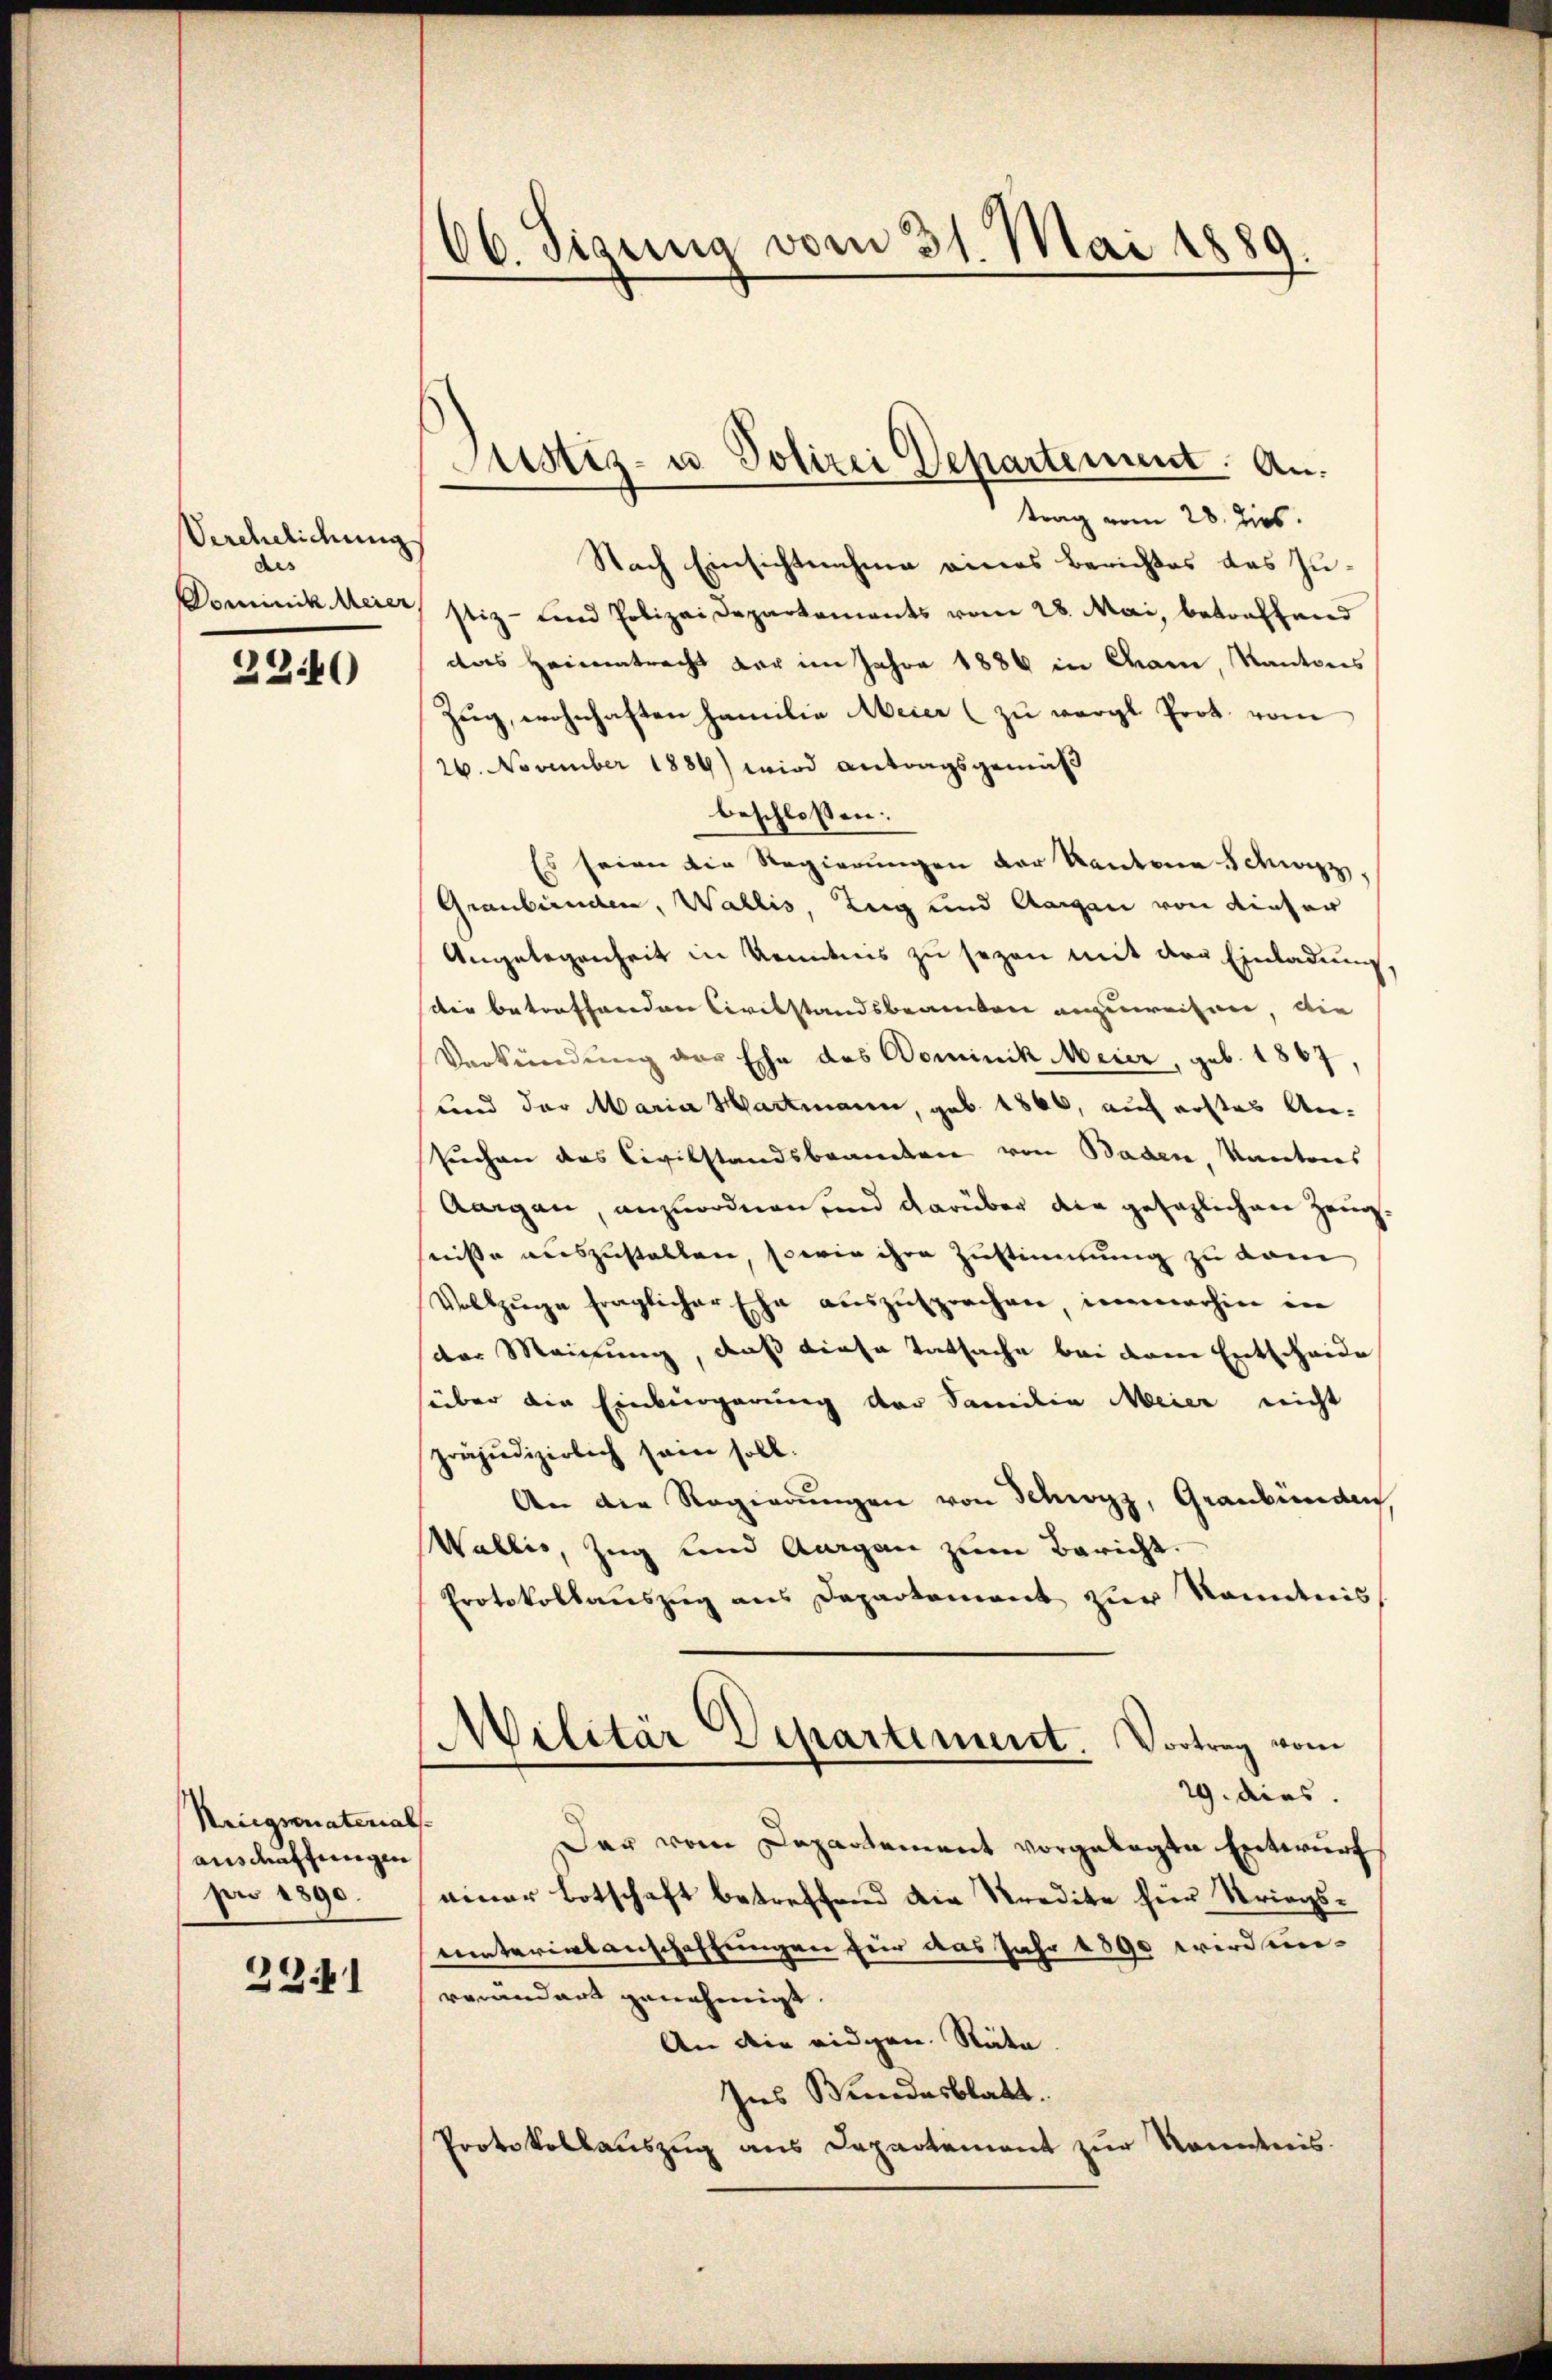
Verehelichung
des
Dominik Meier,

2240

Niigmonaterial
ausdrüffungen
pro 1890.

3341

66. Sigung vom 31. Mai 1889.

Justiz- u Polizei Departement. An

trag vom 28. Dies
Nach Einsichtnahme eines Berichtes das Justiz- und Polizeidepartements vom 28. Mai, betreffend
das Heimatracht der im Jahre 1884 in Cham, Kantons
Zŭg, wohnhaften Familie Meier (zu vergl. Prot. vom
26. November 1884) wird antragsgemäß
beschlossen:
Es seien die Regierŭngen der Kantone Schwizz,
Graubünden, Wallis, Zug und Aargau von dieser
Angelegenheit in Kenntnis zu sezen mit der Einladung,
Die betreffenden Civilstandsbeamten anzuweisen, die
Verkündung der Ehe des Dominik Meier, geb. 1867,
und der Maria Hartmann, geb. 1866, auf erstes An-
suchen das Civilstandsbeamten von Baden Kantons
Aargau, anzuordnen und darüber die gesezlichen Zeug
sniße auszustalten, sowie ihre Zustimmung zu vom
Vollzŭge fraglicher Ehe aŭszŭsprochen immerhin in
der Meinung, daß diese Tatsache bei dem Entscheide
süber die Einbürgerung der Familie Meier nicht
präjudizierlich sein soll.
An die Regierungen von Schwyz, Graubünden
Wallis, Zug und Aargau zum Bericht.
Protokollauszug aus Departement zur Kenntnis
Militär Departement. Vortrag vom
19. dies.
f
Der vom Departement vorgelegte Entwurf
einer Botschaft betreffend die Predite für Striegsuinterialanschaffungen für das Jahr 1890 wird unverändert genehmigt
An die eidgen. Räte
Ins Bundesblatt.
Protokollauszug aus Departement zur Kenntnis.